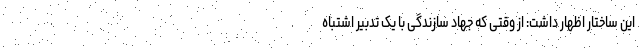
این ساختار اظهار داشت: از وقتی که جهاد سازندگی با یک تدبیر اشتباه